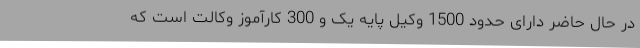
در حال حاضر دارای حدود 1500 وکیل پایه یک و 300 کارآموز وکالت است که